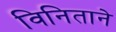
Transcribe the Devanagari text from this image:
विनिताने